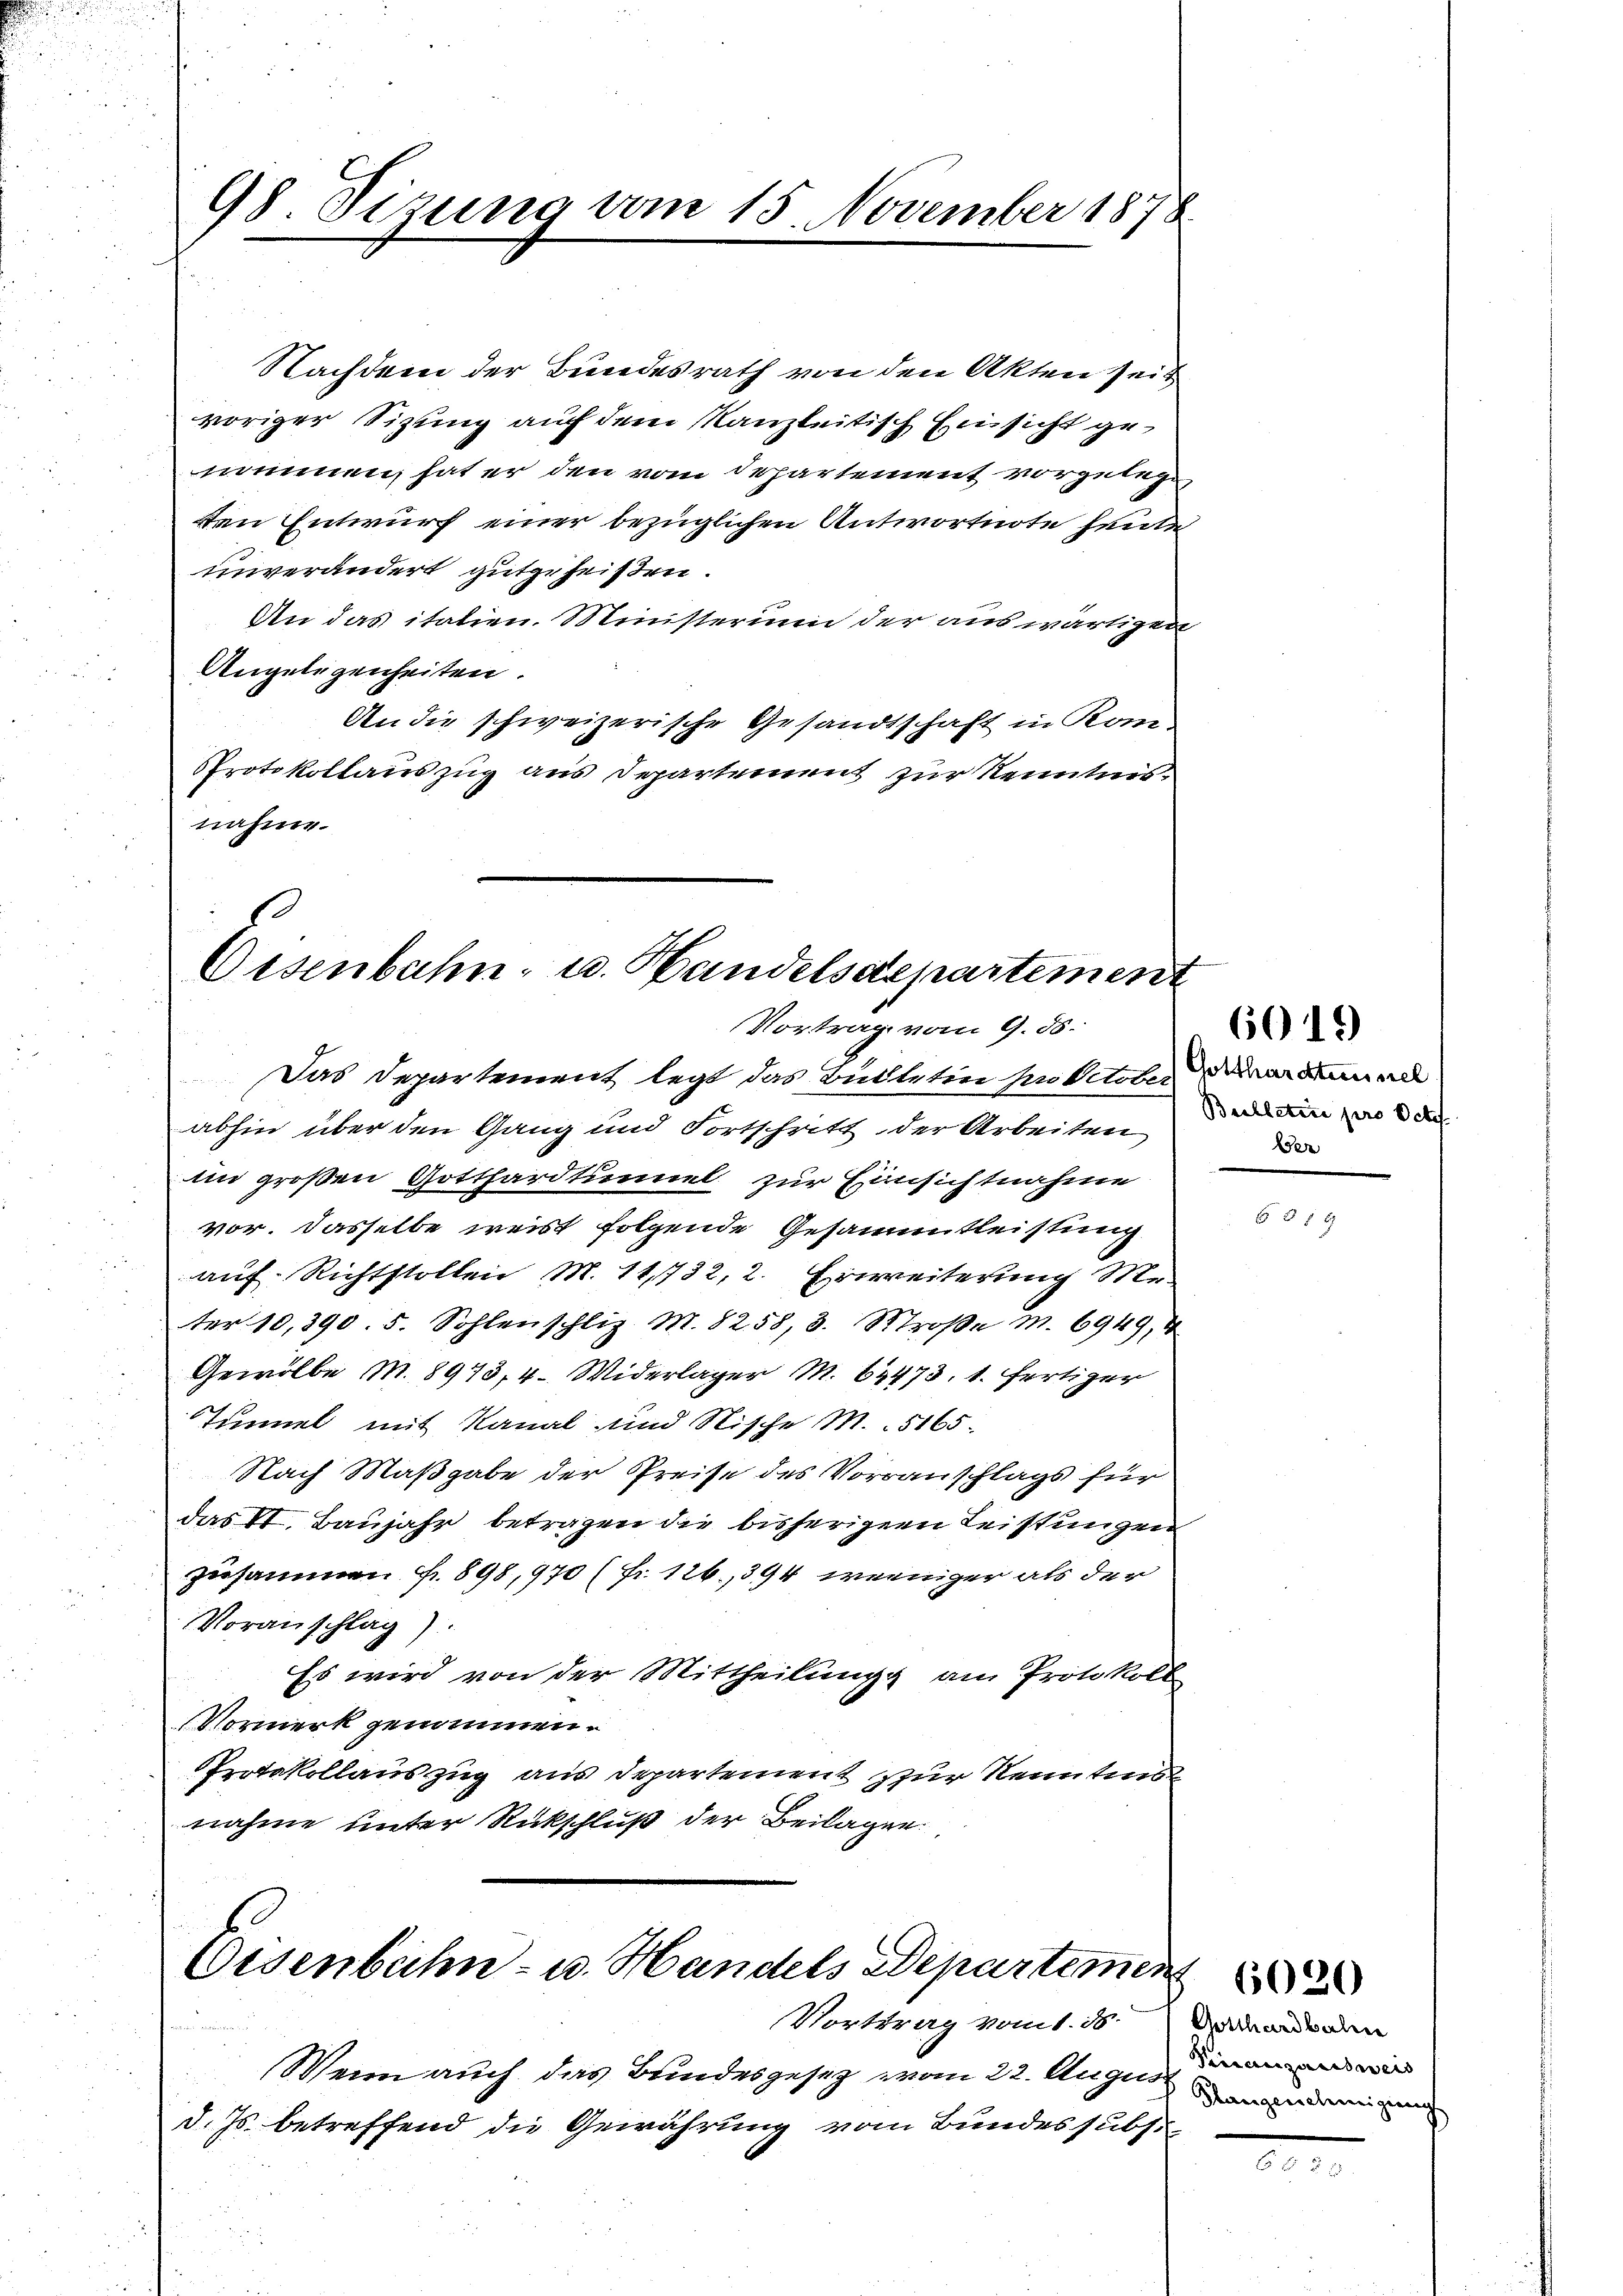
98 Sizung vom 15. November 1878.

Nachdem der Bundesrath von den Akten sein
voriger Sizung auf dem Kanzleitisch Einsicht genommen hat er den vom Departement vorzulege
ten Entwurf einer bezüglichen Antwortnote heute
unverändert gutgeheißen.
An das italien. Ministerum der auswärtigen
Angelegenheiten.
An die schweizerische Gesandtschaft in Kon-
Protokollauszug aus Departement zur Kenntnisnahme.

g
Osenbahn- u. Handelsdepartemen
Vortrag vom 9. 35.

Das Departement legt das Butteten Anbetten der de
abhin über den Gang und Fortschritt der Arbeiten
im großen Gotthardtunnel zur Einsichtnahme
vor. Dasselbe weist folgende Gesammtleistung
auf Richtstollen M. 11732, 2. Erweiterung Sr
ter 10,390. 5. Sohlenschliz M. 8258, 3. Sroβe m. 6949, 4
Gewölbe M. 8913, 4. Widerlager M. 62473. 1. Fertiger
Tunnel mit Kanal und Nische M.5165.
Nach Maßgabe der Preise des Vorranschlags für
das VI. Baujahr betragen die bisherigen Leistungen
zusammen f. 898, 970 (fr. 126, 394 weniger als der
Voranschlag).
Es wird von der Mittheilung am Protokoll
Vormerk genommen.
Protokollauszug aus Departement zur Kenntend
nahme unter Rückschluß der Beilagen.

Eisenbahn- u. Handels Departemen
w
Wenn auch das Bundesgesetz vom 22. August
d. Js. betreffend die Gewährung vom Bundes subs

Vorttrag vom 1. ds.

6019)
Bulletire pro Octof
be

Gotthardbahne
Tierauszinstweis
Hangenehmigung

6020